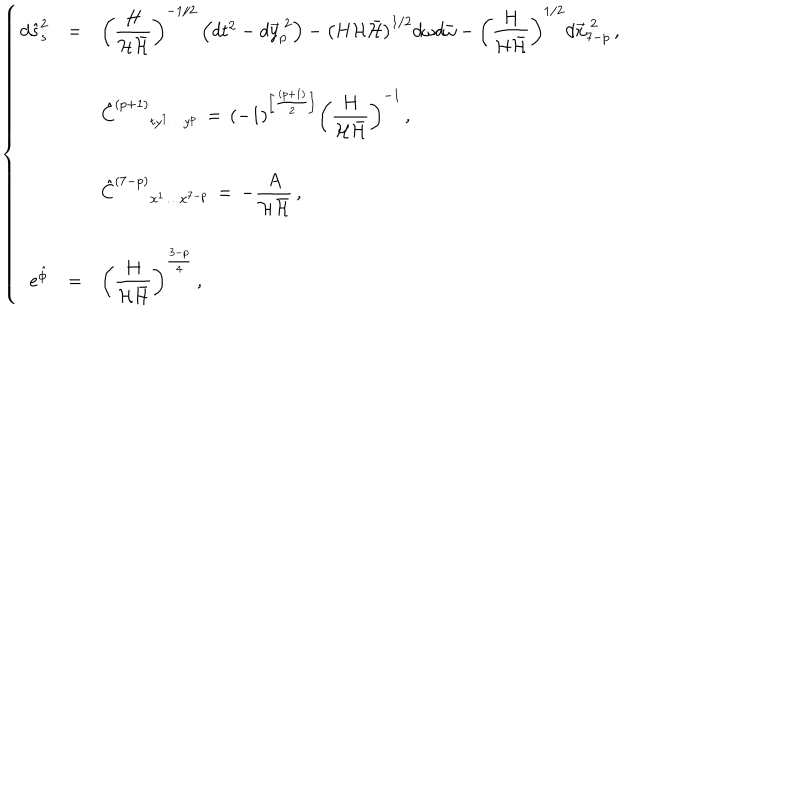
\left\{ \begin{array} { r c l } { { d \hat { s } _ { s } ^ { 2 } } } & { { = } } & { { \left( \displaystyle { \frac { H } { { \cal H } \bar { \cal H } } } \right) ^ { - 1 / 2 } \left( d t ^ { 2 } - d \vec { y } _ { p } ^ { \ 2 } \right) - \left( H { \cal H } \bar { \cal H } \right) ^ { 1 / 2 } d \omega d \bar { \omega } - \left( \displaystyle { \frac { H } { { \cal H } \bar { \cal H } } } \right) ^ { 1 / 2 } d \vec { x } _ { 7 - p } ^ { \ 2 } \, , } } \\ { { } } & { { } } & { { } } \\ { { } } & { { } } & { { \hspace { - 1 . 6 c m } \hat { C } ^ { ( p + 1 ) } { } _ { t y ^ { 1 } \cdots y ^ { p } } \, = \, ( - 1 ) ^ { \left[ \frac { ( p + 1 ) } { 2 } \right] } \left( \displaystyle { \frac { H } { { \cal H } \bar { \cal H } } } \right) ^ { - 1 } \, , } } \\ { { } } & { { } } & { { } } \\ { { } } & { { } } & { { \hspace { - 1 . 6 c m } \hat { C } ^ { ( 7 - p ) } { } _ { x ^ { 1 } \ldots x ^ { 7 - p } } \, = \, - \displaystyle { \frac { A } { { \cal H } \bar { { \cal H } } } } \, , } } \\ { { } } & { { } } & { { } } \\ { { e ^ { \hat { \phi } } } } & { { = } } & { { \left( \displaystyle { \frac { H } { { \cal H } \bar { \cal H } } } \right) ^ { \frac { 3 - p } { 4 } } \, , } } \\ \end{array} \right.